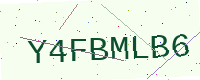
Text: Y4FBMLB6